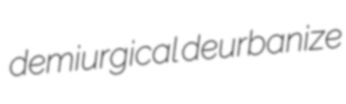
demiurgical deurbanize